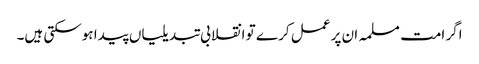
اگر امت مسلمہ ان پر عمل کر ے تو انقلابی تبدیلیاں پیدا ہوسکتی ہیں۔